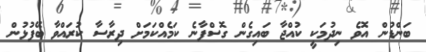
ބަންޑުން އޮވެ ނިދުމަކީ ކުއްޖާ ބައިގެން ގޮސްފާނެ ކަމެއްކަމަށް ދިރާސާ ކުރައްވާ ބޭފުޅުން